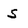
Character: S